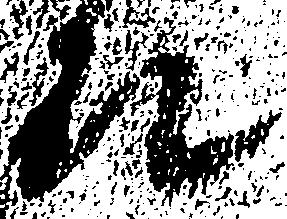
殿